Notes on vaccination in the North-West Frontier Province 1923-1928 - 1923-1928
Year: 1923
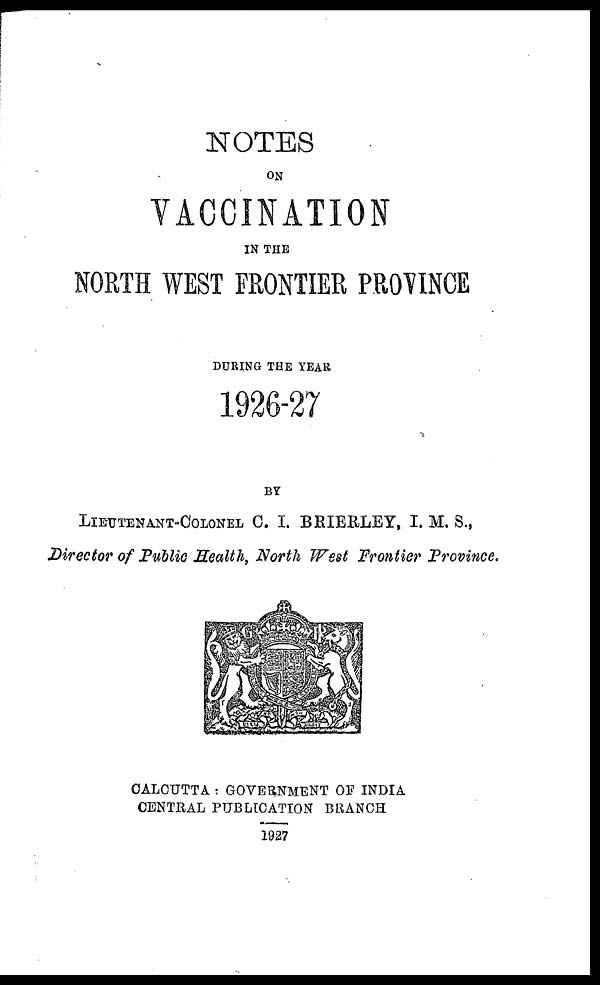
NOTES
ON
VACCINATION
IN THE
NORTH WEST FRONTIER PROVINCE
DURING THE YEAR
1926-27
BY
LIEUTENANT-COLONEL C. I. BRIERLEY, I. M. S.,
Director of Public Health, North West Frontier Province.
CALCUTTA : GOVERNMENT OF INDIA
CENTRAL PUBLICATION BRANCH
1927